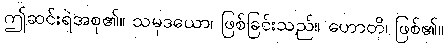
ဤဆင်းရဲအစု၏။ သမုဒယော၊ ဖြစ်ခြင်းသည်။ ဟောတိ၊ ဖြစ်၏။